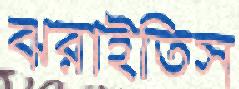
ঝরাইতিস